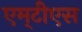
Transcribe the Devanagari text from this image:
एम्‌टीेएस